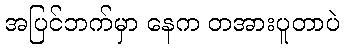
အပြင်ဘက်မှာ နေက တအားပူတာပဲ